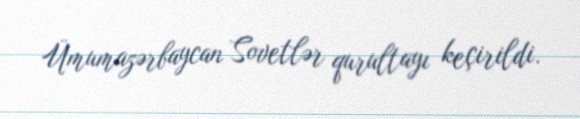
Ümumazərbaycan Sovetlər qurultayı keçirildi.